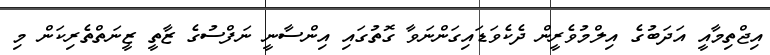
އިޖްތިމާއީ އަދަބުގެ އިލްމުވެރީން ދެކެވަޑައިގަންނަވާ ގޮތުގައި އިންސާނީ ނަފްސުގެ ޒާތީ ޒީނަތްތެރިކަން މި